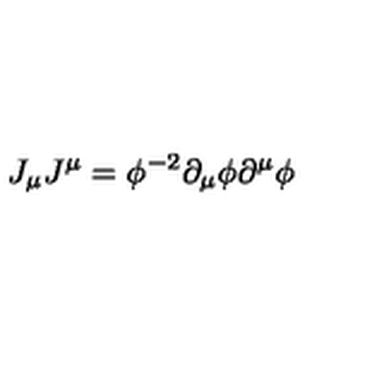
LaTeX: J _ { \mu } J ^ { \mu } = \phi ^ { - 2 } \partial _ { \mu } \phi \partial ^ { \mu } \phi